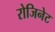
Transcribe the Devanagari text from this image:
रोजिनेट